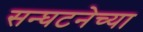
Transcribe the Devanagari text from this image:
सन्घटनेच्या